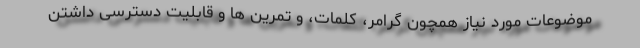
موضوعات مورد نیاز همچون گرامر، کلمات، و تمرین ها و قابلیت دسترسی داشتن